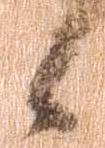
候